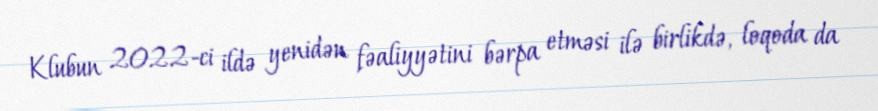
Klubun 2022-ci ildə yenidən fəaliyyətini bərpa etməsi ilə birlikdə, loqoda da